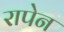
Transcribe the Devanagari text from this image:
रापेन